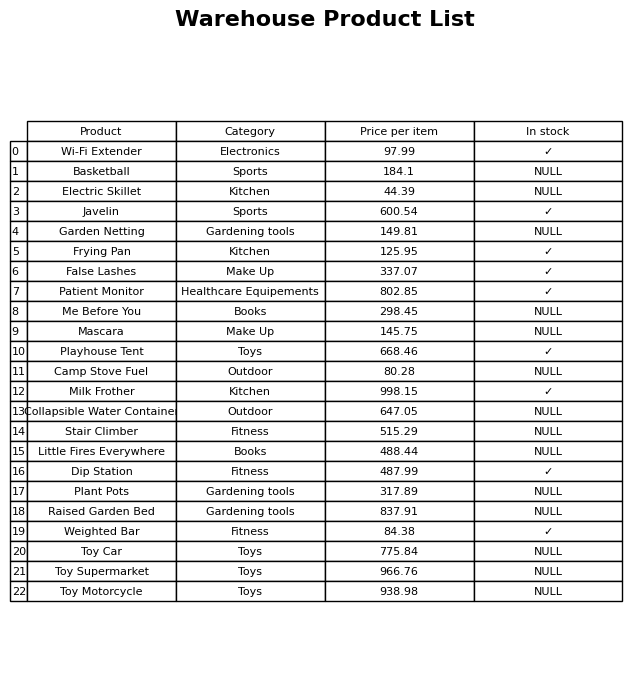
question: What is the price of the Toy Car?
answer: The price of Toy Car is 775.84.